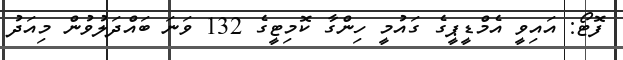
ފޮޓޯ: އައިވީ އެމްޑީޕީގެ ގައުމީ ހިންގާ ކޮމިޓީގެ 132 ވަނަ ބައްދަލުވުން މިއަދު